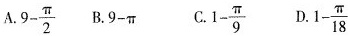
A.$$9- \frac{\pi}{2}$$ B.$$9-\pi $$ C.$$1- \frac{\pi}{9}$$ D. $$1- \frac{\pi}{18}$$